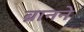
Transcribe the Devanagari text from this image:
ब्रानने